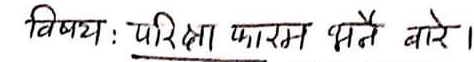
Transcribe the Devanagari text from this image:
विषय : परीक्षा फारम भर्ने बारे।